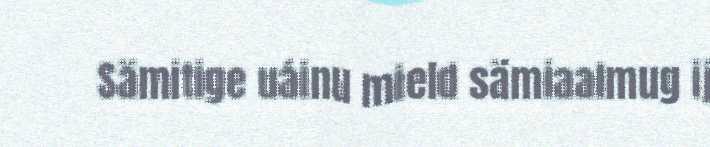
Sämitige uáinu mield sämiaalmug ij